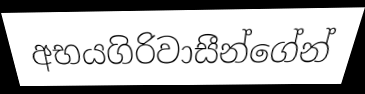
අභයගිරිවාසීන්ගේන්